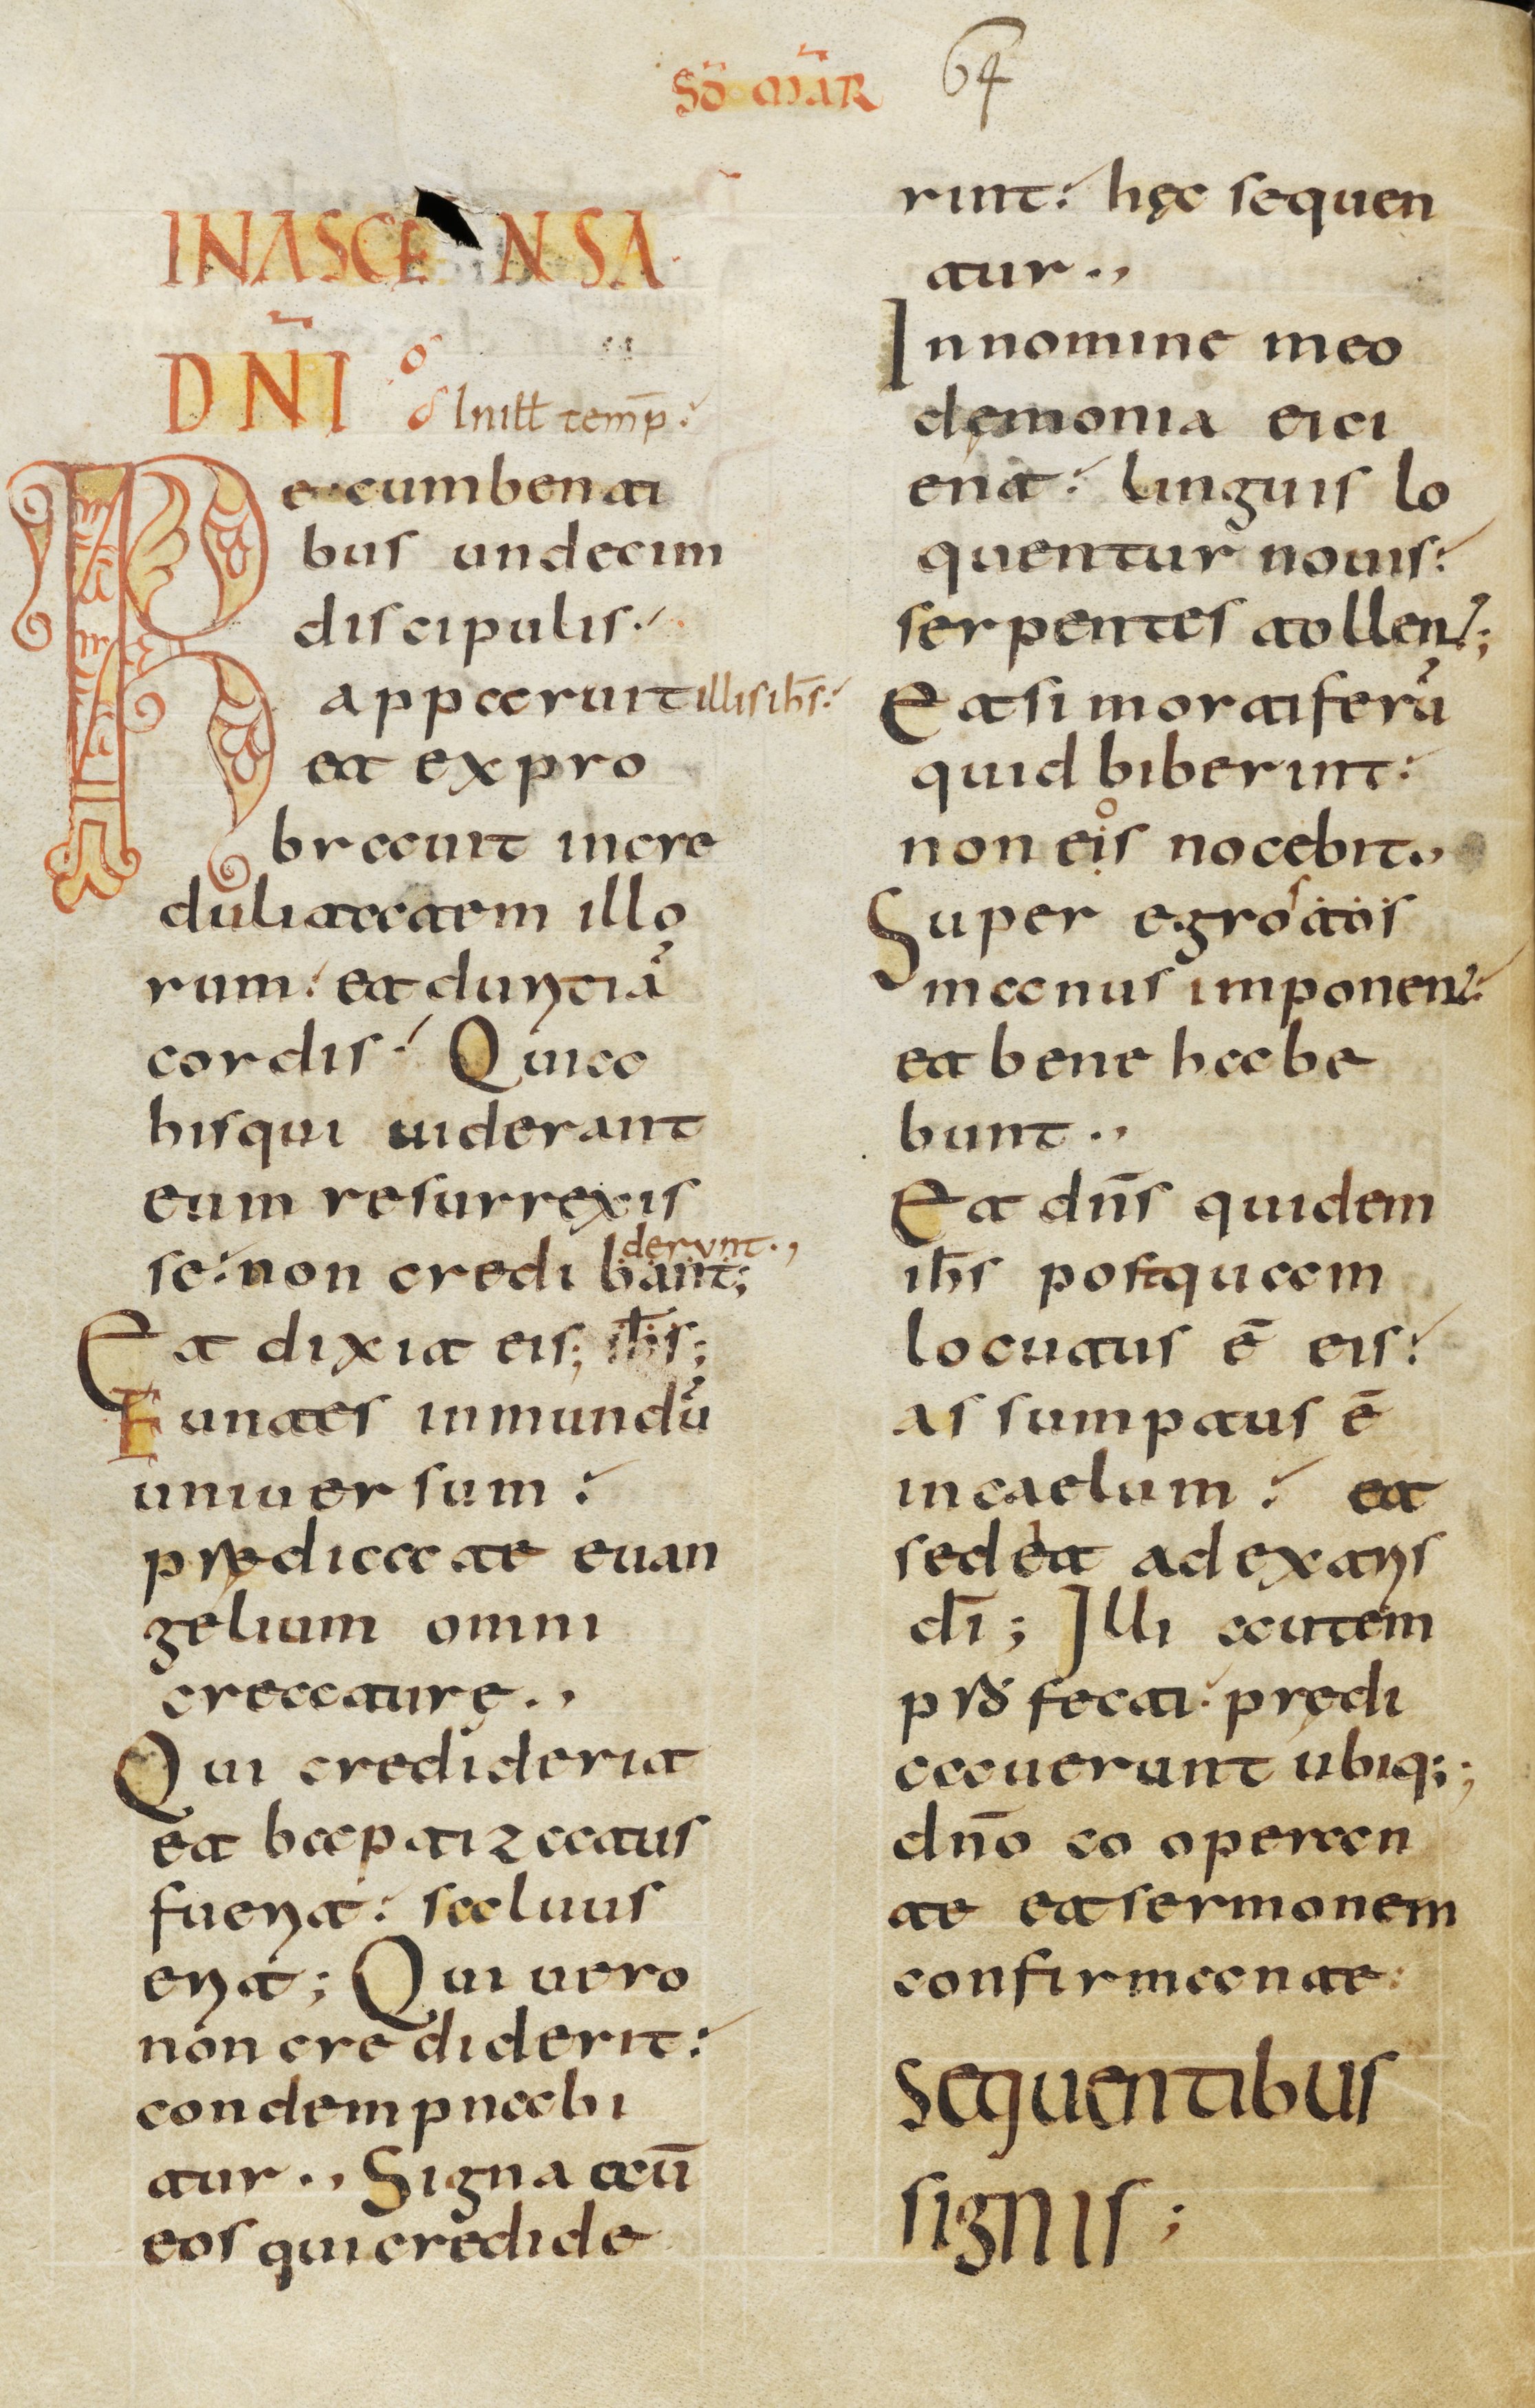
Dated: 800–1399